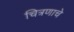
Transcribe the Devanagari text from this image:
चित्रणाचे